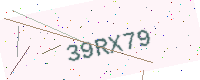
Text: 39RX79